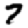
Digit: 7